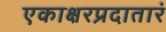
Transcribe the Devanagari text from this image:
एकाक्षरप्रदातारं